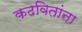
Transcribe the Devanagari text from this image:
कढवितांना